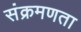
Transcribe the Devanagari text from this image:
संक्रमणता